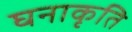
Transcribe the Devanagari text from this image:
घनाकृति